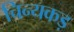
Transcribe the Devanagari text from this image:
चिन्यकड़